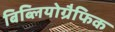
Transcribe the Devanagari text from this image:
बिब्लियोग्रैफिक